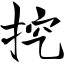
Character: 挖